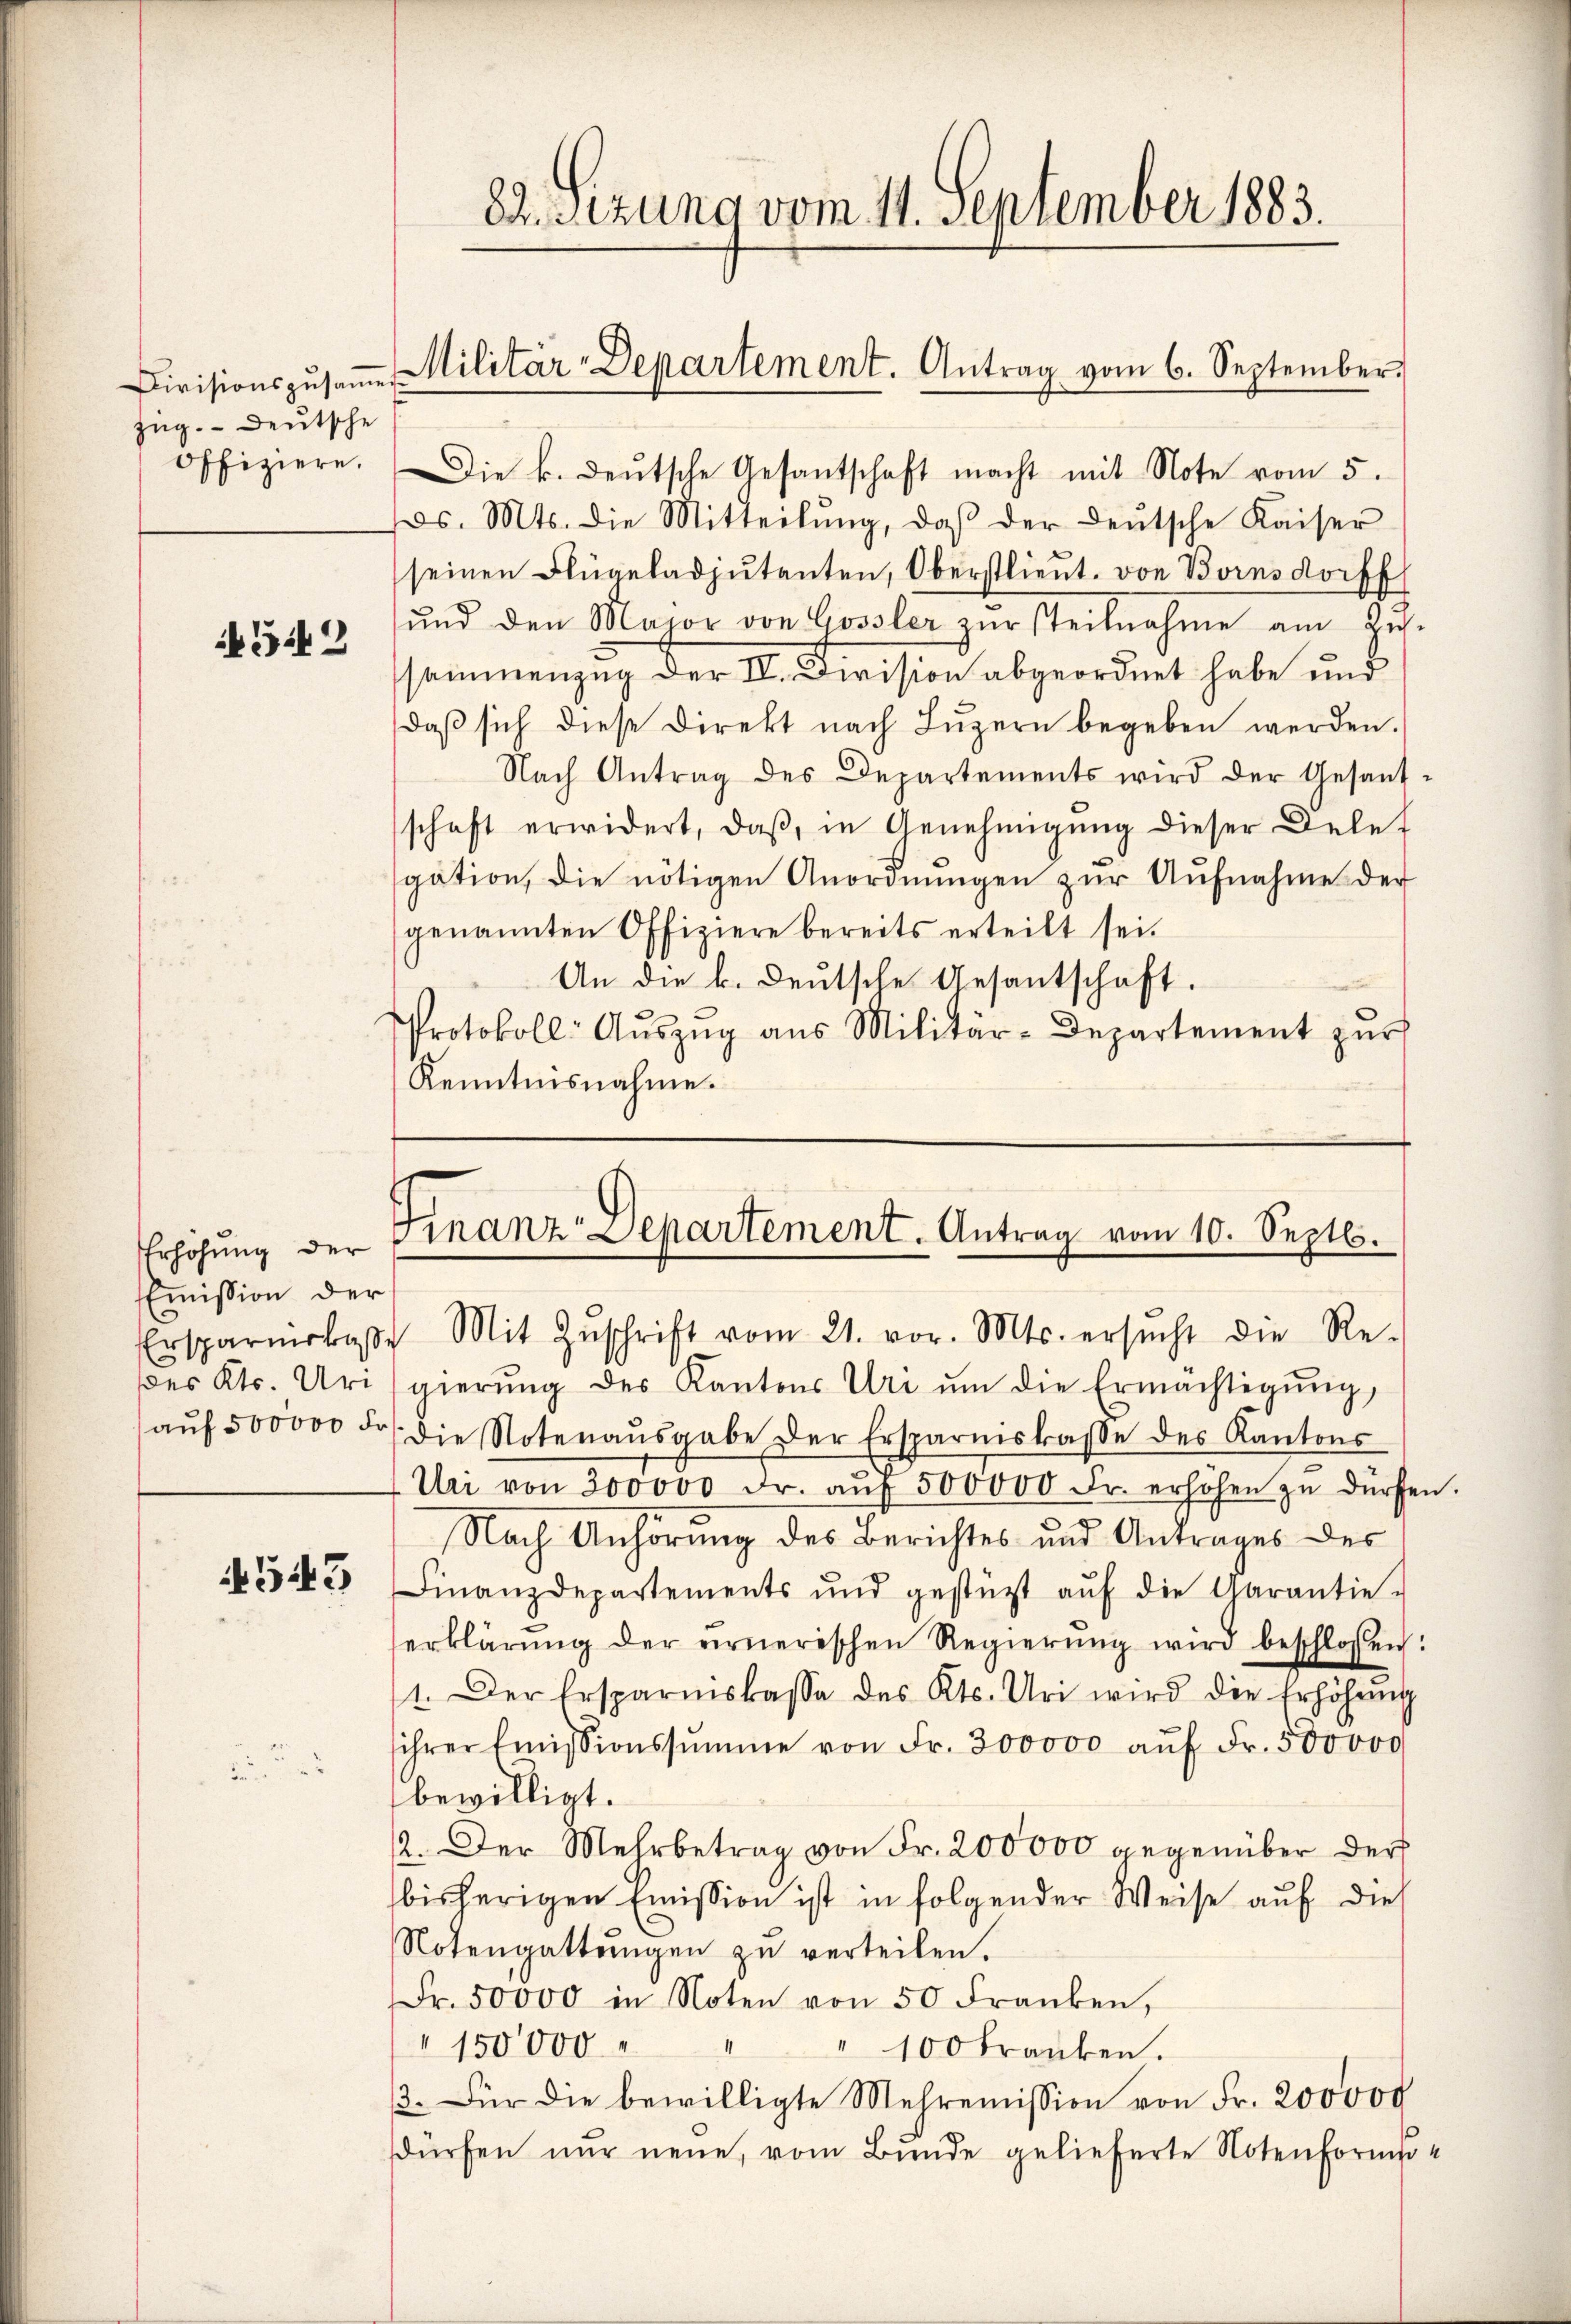
zug. - Deutsche
offiziere.

542

Erhöhung der
Emission der
des Kts. Uri

543

Die k. deŭtsche Gesantschaft macht mit Note vom 5.
s. Mts. die Mitteilŭng, daβ der Leŭtsche Kaiser
seinen Flügeladjutanten, Oberstlieut. von Boinsdorff
ŭnd den Major von Gossler zŭr steilnahme am Zŭs-
sammenzug der IV. Division abgeordnet habe und
daβ sich diese Direkt nach Lŭzern begeben werden.
Nach Antrag des Departements wird der Gesant-
schaft erwidert, daβ in Genehmigŭng dieser Delef
gation, die nötigen Anordnŭngen zŭr Aŭfnahme der
genannten Offiziere bereits erteilt sei.
An die k. deutsche Gesantschaft.
Protokoll- Aŭszŭg aŭs Militär-Departement zŭr
Kenntnisnahme.

8.sizung vom 11. September 1883.

Divisionszŭsaṁen Militär-Departement. Antrag vom 6. September

Finanz-Departement. Antrag vom 10. Septb.
Ersparnirbas Mit Zŭschrift vom 21. vor. Mts. ersŭcht die Re-

gierŭng des Kantons Uri ŭm die Ermächtigŭng,
aŭf 500000 Fr. die Notenaŭsgabe der Ersparniskasse des Kantons
Uri von 300000 Fr. aŭf 500000 Fr. erhöhen zŭ dürfen.
Nach Anhörung des Berichtes und Antrages des
Finanzdepartements und gestützt aŭf die Garantie-
erklärung der ernerischen Regierŭng wird beschlossen:
1. Der Ersparniskasse des Kts. Uri wird die Erhöhŭng
ihrer Emissionssumme von Fr. 300000 aŭf Fr. 500000
bewilligt.
2. Der Mehrbetrag von Fr. 200000 gegenüber der
bisherigen Emission ist in folgender Weise auf die
Notengattungen zu verteilen.
Fr. 50000 in Noten von 50 Franken,
150000
" 100 Franken.
3. Für die bewilligte Mehremission von Fr. 200000
dürfen nur neue, vom Bunde gelieferte Notenformi¬